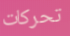
تحركات